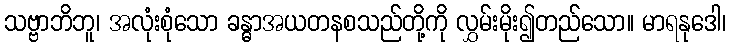
သဗ္ဗာဘိဘူ၊ အလုံးစုံသော ခန္ဓာအယတနစသည်တို့ကို လွှမ်းမိုး၍တည်သော။ မာရနုဒေါ၊